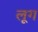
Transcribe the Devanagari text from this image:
लूग